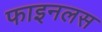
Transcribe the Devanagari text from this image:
फाइनलस